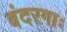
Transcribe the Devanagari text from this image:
बंदरगाः